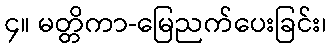
၄။ မတ္တိကာ-မြေညက်ပေးခြင်း၊